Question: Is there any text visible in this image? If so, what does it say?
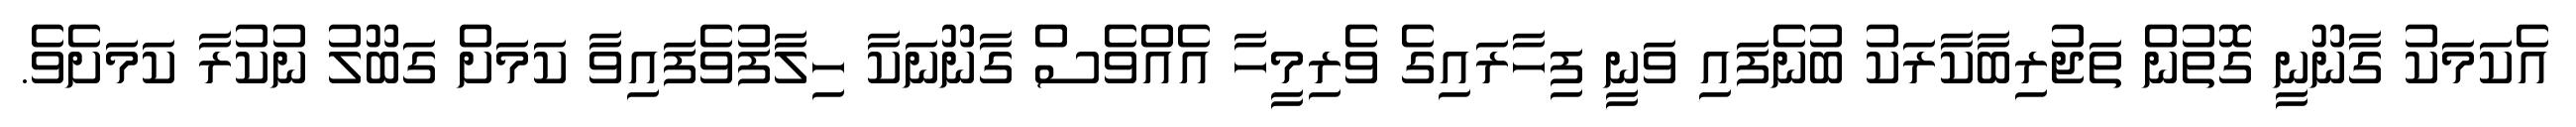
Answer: އެކަމަކު ގާނޫނީ ގޮތުން ތަޖުރިބާކާރަކު ބުނެފައި ވަނީ ފިހާރައިގެ ވެރިމީހާ އެއްވެސް ގާނޫނަކާ ހިލާފުވެފައިވާ ކަމަށް ގަބޫލު ނުކުރާ ކަމަށެވެ.